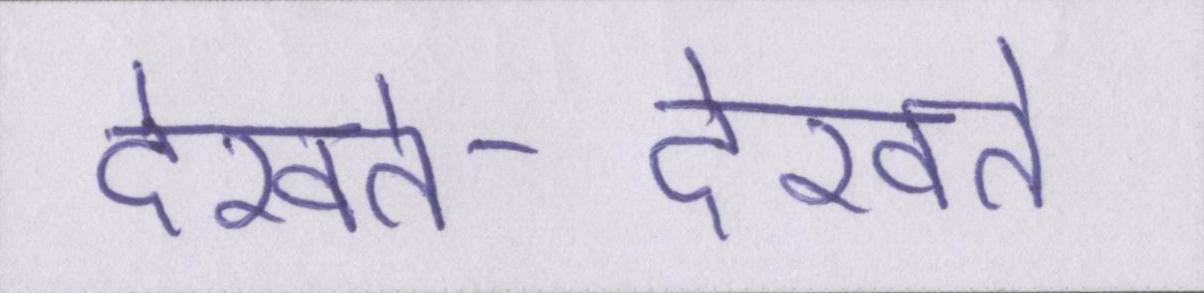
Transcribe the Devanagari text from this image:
देखते-देखते